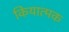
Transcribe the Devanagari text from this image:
कियात्मक